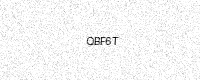
Text: QBF6T